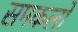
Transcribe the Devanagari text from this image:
समकलों